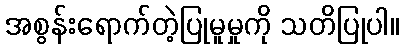
အစွန်းရောက်တဲ့ပြုမူမှုကို သတိပြုပါ။